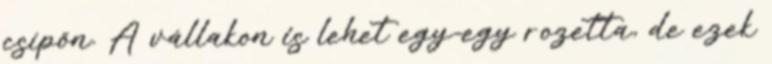
csípőn. A vállakon is lehet egy-egy rozetta, de ezek